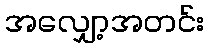
အလျှော့အတင်း